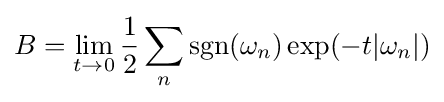
B=\lim _{t\to 0}{\frac {1}{2}}\sum _{n}\operatorname {sgn}(\omega _{n})\exp(-t|\omega _{n}|)